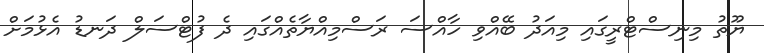
ޔޫތު މިނިސްޓްރީގައި މިއަދު ބޭއްވި ހާއްސަ ރަސްމިއްޔާތެއްގައި ދެ ފުޓްސަލް ދަނޑު އެޅުމަށް